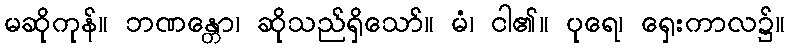
မဆိုကုန်။ ဘဏန္တော၊ ဆိုသည်ရှိသော်။ မံ၊ ငါ၏။ ပုရေ၊ ရှေးကာလ၌။